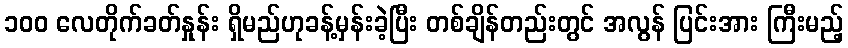
၁၀၀ လေတိုက်ခတ်နှုန်း ရှိမည်ဟုခန့်မှန်းခဲ့ပြီး တစ်ချိန်တည်းတွင် အလွန် ပြင်းအား ကြီးမည့်